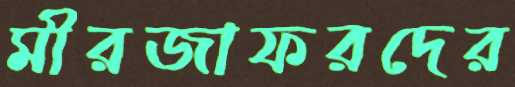
মীরজাফরদের